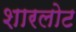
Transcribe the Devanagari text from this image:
शारलोट